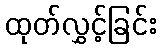
ထုတ်လွှင့်ခြင်း